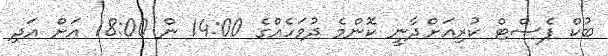
ބުކް ފެސްޓް ކުރިއަށްދާނީ ކޮންމެ ދުވަހެއްގެ 14:00 ން 18:00 އަށް އަދި